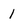
Character: 1